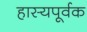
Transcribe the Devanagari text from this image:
हास्यपूर्वक